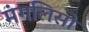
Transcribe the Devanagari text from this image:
मंगलिसो